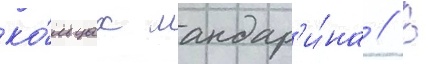
ко́льцах мандар'и́на // В